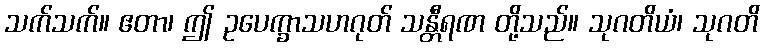
သက်သက်။ ဧတာ၊ ဤ ဥပေက္ခာသဟဂုတ် သန္တီရဏ တို့သည်။ သုဂတိယံ၊ သုဂတိ